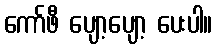
ကော်ဖီ ပျော့ပျော့ ပေးပါ။